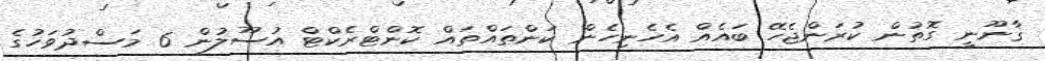
ޤާނޫނީ ގޮތުން ކުރަންޖެހޭ ބައެއް އެހެނިހެން ކަންތައްތައް ކޮންޓްރެކްޓް އުސޫލުން 6 މަސްދުވަހުގެ